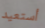
أستعيد